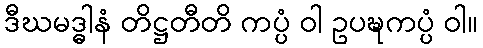
ဒီဃမဒ္ဓါနံ တိဋ္ဌတီတိ ကပ္ပံ ဝါ ဥပဍ္ဎကပ္ပံ ဝါ။